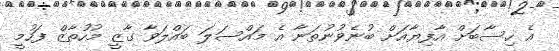
އެ ހިސާބަށް އާފިޔާއަށް ބުނެވުނުތަނާ އެ މައްސަލަ ބައްލަވާ ގާޒީ މުހުތާޒް ފަހުމީ